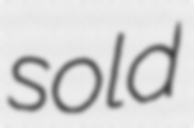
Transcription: sold